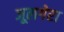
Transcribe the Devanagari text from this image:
जूलगेरा